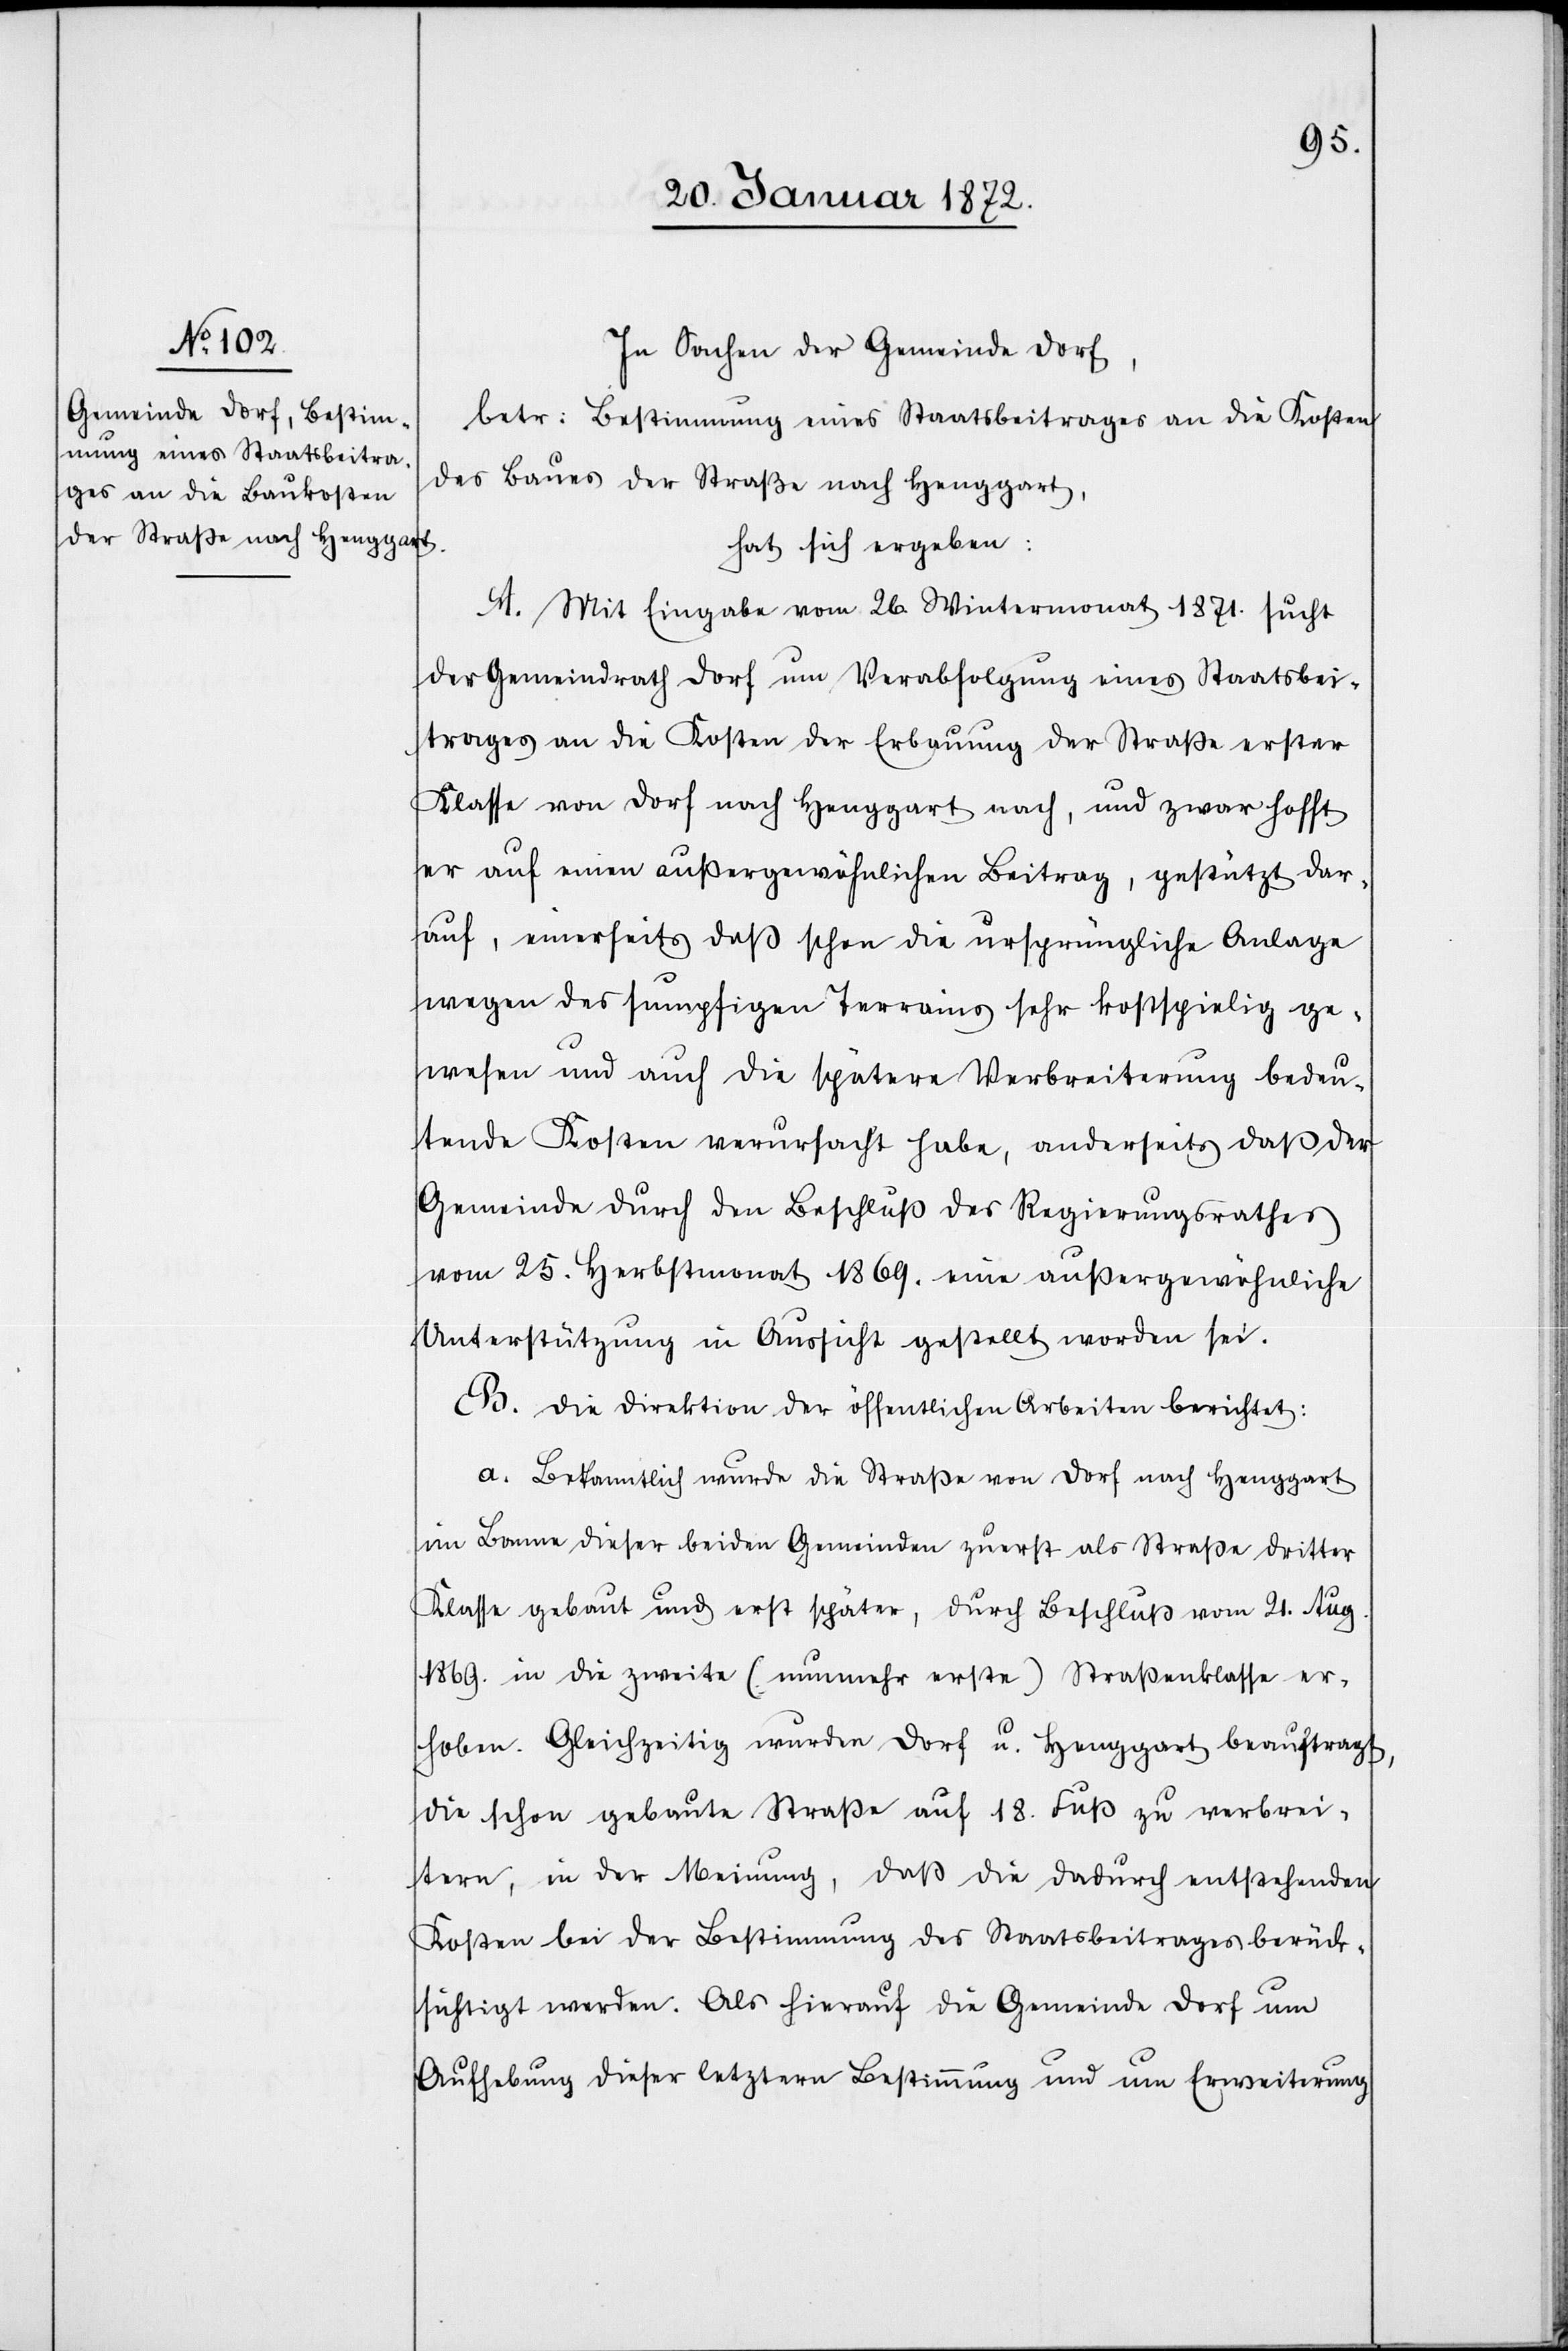
In Sachen der Gemeinde Dorf,
betr: Bestimmung eines Staatsbeitrages an die Kosten
des Baues der Straße nach Henggart,
hat sich ergeben:
A. Mit Eingabe vom 26. Wintermonat 1871. sucht
der Gemeindrath Dorf um Verabfolung eines Staatsbei¬
trages an die Kosten der Erbauung der Straße erster
Klasse von Dorf nach Henggart nach, und zwar hofft
er auf einen außergewöhnlichen Beitrag, gestützt dar¬
auf, einerseits daß schon die ursprüngliche Anlage
wegen des sumpfigen Terrains sehr kostspielig ge¬
wesen und auch die spätere Verbreiterung bedeu¬
tende Kosten verursacht habe, anderseits daß der
Gemeinde durch den Beschluß des Regierungsrathes
vom 25. Herbstmonat 1869. eine außergewöhnliche
Unterstützung in Aussicht gestellt worden sei.
B. Die Direktion der öffentlichen Arbeiten berichtet:
a. Bekanntlich wurde die Straße von Dorf nach Henggart
im Banne dieser beiden Gemeinden zuerst als Straße dritter
Klasse gebaut und erst später, durch Beschluß vom 21. Aug.
1869. in die zweite (nunmehr erste) Straßenklasse er¬
hoben. Gleichzeitig wurden Dorf u. Henggart beauftragt,
die schon gebaute Straße auf 18. Fuß zu verbrei¬
tern, in der Meinung, daß die dadurch entstehenden
Kosten bei der Bestimmung des Staatsbeitrages berück¬
sichtigt werden. Als hierauf die Gemeinde Dorf um
Aufhebung dieser letztern Bestimmung und um Erweiterung